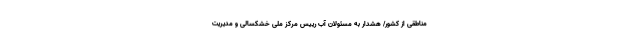
مناطقی از کشور/ هشدار به مسئولان آب رییس مرکز ملی خشکسالی و مدیریت